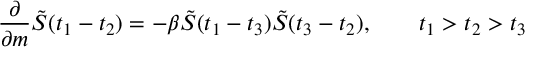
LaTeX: { \frac { \partial } { \partial { m } } } \tilde { S } ( t _ { 1 } - t _ { 2 } ) = - \beta \tilde { S } ( t _ { 1 } - t _ { 3 } ) \tilde { S } ( t _ { 3 } - t _ { 2 } ) , \qquad t _ { 1 } > t _ { 2 } > t _ { 3 }